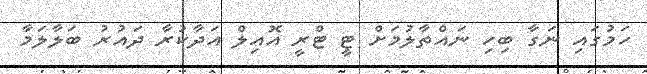
ހަމުގައި ނަގާ ބިހި ނައްތާލުމަށް ޓީ ޓްރީ އޮއިލް އަދާކުރާ ދައުރު ބަލާލަމާ